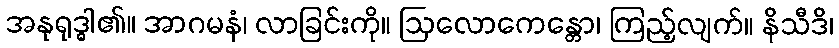
အနုရုဒ္ဓါ၏။ အာဂမနံ၊ လာခြင်းကို။ ဩလောကေန္တော၊ ကြည့်လျက်။ နိသီဒိ၊